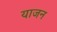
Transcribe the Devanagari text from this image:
याजन